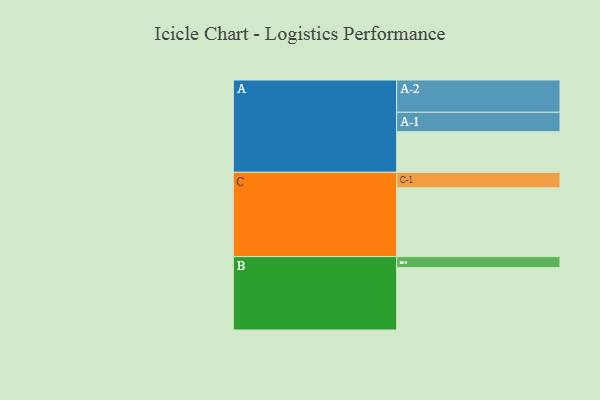
{"axis": {"x": "Segment", "y": "Value"}, "legend": ["", "A", "B", "C"], "data": [{"x": "A", "y": 335, "type": ""}, {"x": "B", "y": 514, "type": ""}, {"x": "C", "y": 567, "type": ""}, {"x": "A-1", "y": 160, "type": "A"}, {"x": "A-2", "y": 266, "type": "A"}, {"x": "B-1", "y": 91, "type": "B"}, {"x": "C-1", "y": 128, "type": "C"}]}